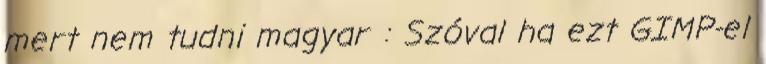
mert nem tudni magyar : Szóval ha ezt GIMP-el